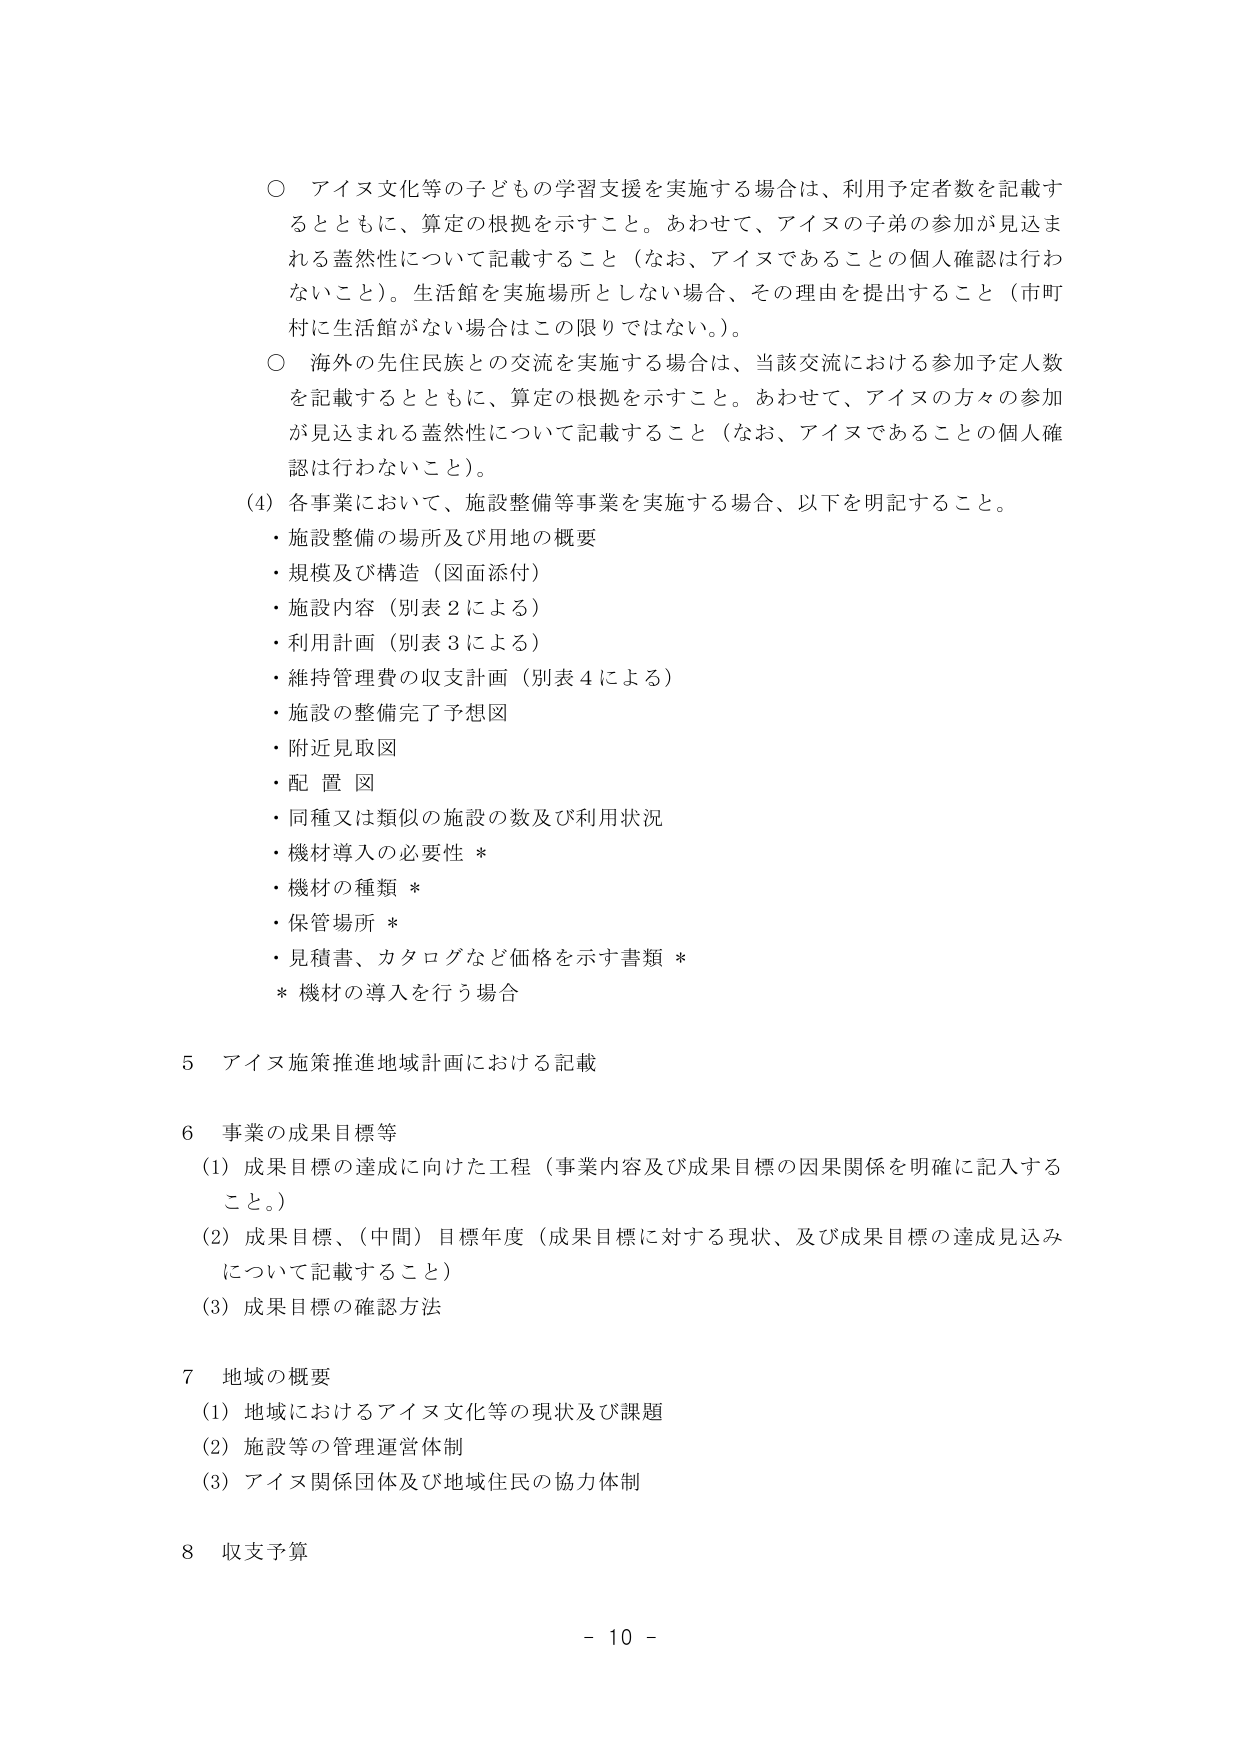
○ アイヌ文化等の子どもの学習支援を実施する場合は、利用予定者数を記載するとともに、算定の根拠を示すこと。あわせて、アイヌの子弟の参加が見込まれる蓋然性について記載すること（なお、アイヌであることの個人確認は行わないこと）。生活館を実施場所としない場合、その理由を提出すること（市町村に生活館がない場合はこの限りではない。）。

○ 海外の先住民族との交流を実施する場合は、当該交流における参加予定人数を記載するとともに、算定の根拠を示すこと。あわせて、アイヌの方々の参加が見込まれる蓋然性について記載すること（なお、アイヌであることの個人確認は行わないこと）。

(4) 各事業において、施設整備等事業を実施する場合、以下を明記すること。
・施設整備の場所及び用地の概要
・規模及び構造（図面添付）
・施設内容（別表２による）
・利用計画（別表３による）
・維持管理費の収支計画（別表４による）
・施設の整備完了予想図
・附近見取図
・配置図
・同種又は類似の施設の数及び利用状況
・機材導入の必要性 ＊
・機材の種類 ＊
・保管場所 ＊
・見積書、カタログなど価格を示す書類 ＊
＊ 機材の導入を行う場合

5 アイヌ施策推進地域計画における記載

6 事業の成果目標等
(1) 成果目標の達成に向けた工程（事業内容及び成果目標の因果関係を明確に記入すること。）
(2) 成果目標、（中間）目標年度（成果目標に対する現状、及び成果目標の達成見込みについて記載すること）
(3) 成果目標の確認方法

7 地域の概要
(1) 地域におけるアイヌ文化等の現状及び課題
(2) 施設等の管理運営体制
(3) アイヌ関係団体及び地域住民の協力体制

8 収支予算

- 10 -